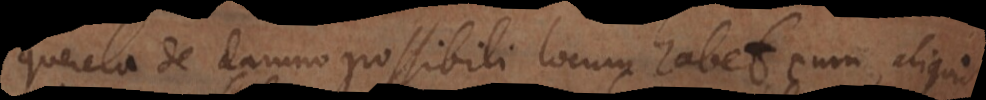
Querela de damno possibili locum habet, cum aliquid